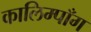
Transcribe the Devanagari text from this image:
कालिम्पाँग